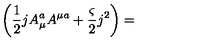
\left( \frac { 1 } { 2 } j A _ { \mu } ^ { a } A ^ { \mu a } + \frac { \varsigma } { 2 } j ^ { 2 } \right) =